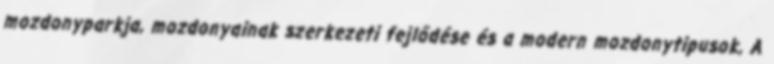
mozdonyparkja, mozdonyainak szerkezeti fejlődése és a modern mozdonytipusok, A